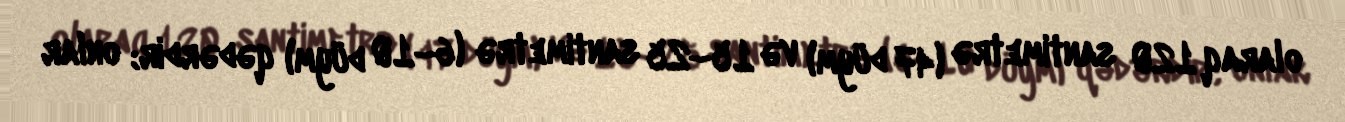
olaraq 120 santimetrə (47 düym) və 15–25 santimetrə (6–10 düym) qədərdir; onlar